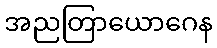
အညတြာယောဂေန